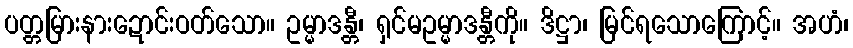
ပတ္တမြားနားဍောင်းဝတ်သော။ ဥမ္မာဒန္တီ၊ ရှင်မဥမ္မာဒန္တီကို။ ဒိဋ္ဌာ၊ မြင်ရသောကြောင့်။ အဟံ၊